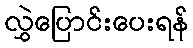
လွှဲပြောင်းပေးရန်